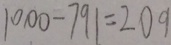
1 0 0 0 - 7 9 1 = 2 0 9